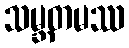
သမ္ဘတမဿ